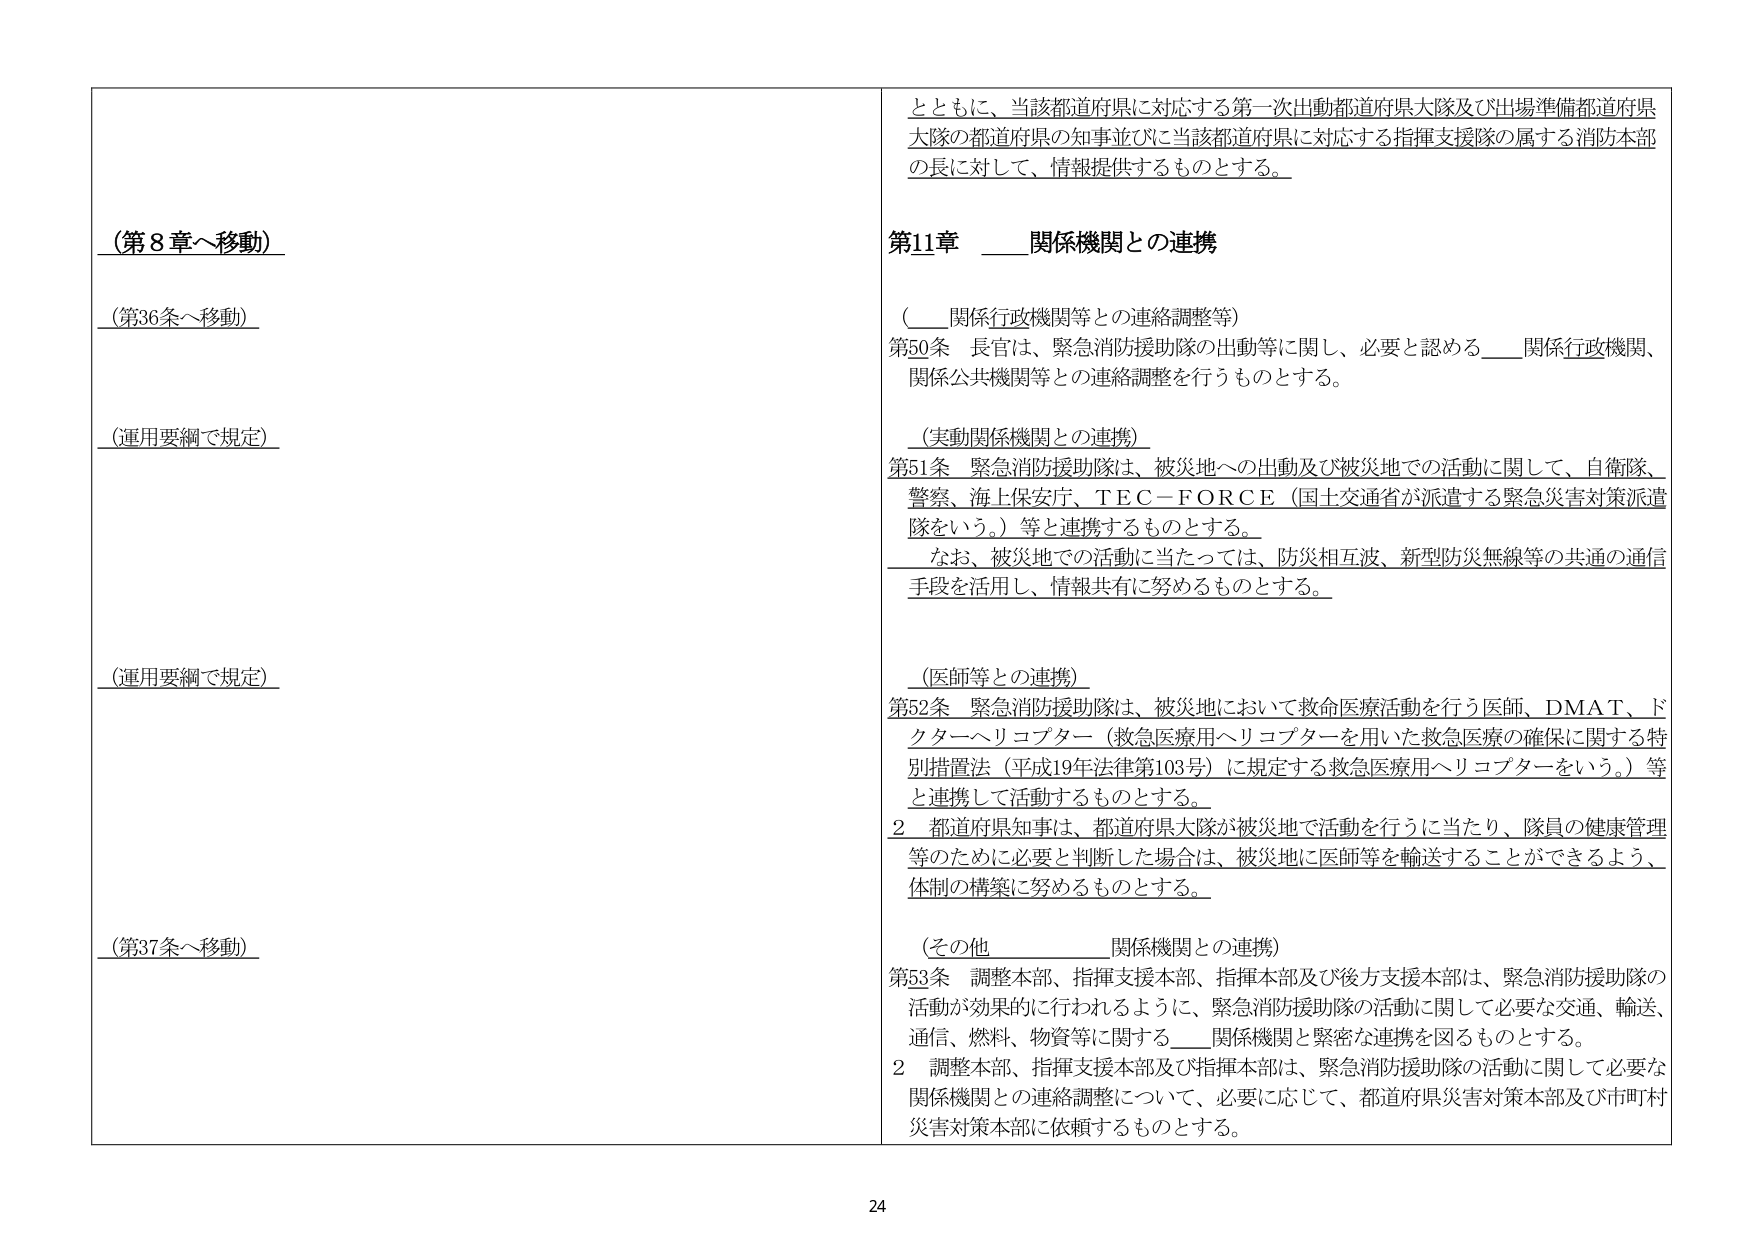
（第8章へ移動）

（第36条へ移動）

（運用要綱で規定）

（運用要綱で規定）

（第37条へ移動）

とともに、当該都道府県に対応する第一次出動都道府県大隊及び出場準備都道府県大隊の都道府県の知事並びに当該都道府県に対応する指揮支援隊の属する消防本部の長に対して、情報提供するものとする。

第11章　____関係機関との連携

（____関係行政機関等との連絡調整等）

第50条　長官は、緊急消防援助隊の出動等に関し、必要と認める____関係行政機関、関係公共機関等との連絡調整を行うものとする。

（実動関係機関との連携）

第51条　緊急消防援助隊は、被災地への出動及び被災地での活動に関して、自衛隊、警察、海上保安庁、ＴＥＣ－ＦＯＲＣＥ（国土交通省が派遣する緊急災害対策派遣隊をいう。）等と連携するものとする。

　なお、被災地での活動に当たっては、防災相互波、新型防災無線等の共通の通信手段を活用し、情報共有に努めるものとする。

（医師等との連携）

第52条　緊急消防援助隊は、被災地において救命医療活動を行う医師、ＤＭＡＴ、ドクターヘリコプター（救急医療用ヘリコプターを用いた救急医療の確保に関する特別措置法（平成19年法律第103号）に規定する救急医療用ヘリコプターをいう。）等と連携して活動するものとする。

　2　都道府県知事は、都道府県大隊が被災地で活動を行うに当たり、隊員の健康管理等のために必要と判断した場合は、被災地に医師等を輸送することができるよう、体制の構築に努めるものとする。

（その他　____関係機関との連携）

第53条　調整本部、指揮支援本部、指揮本部及び後方支援本部は、緊急消防援助隊の活動が効果的に行われるように、緊急消防援助隊の活動に関して必要な交通、輸送、通信、燃料、物資等に関する____関係機関と緊密な連携を図るものとする。

　2　調整本部、指揮支援本部及び指揮本部は、緊急消防援助隊の活動に関して必要な関係機関との連絡調整について、必要に応じて、都道府県災害対策本部及び市町村災害対策本部に依頼するものとする。

24